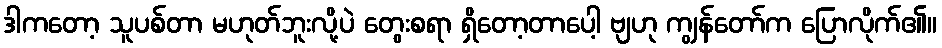
ဒါကတော့ သူပစ်တာ မဟုတ်ဘူးလို့ပဲ တွေးစရာ ရှိတော့တာပေါ့ ဗျဟု ကျွန်တော်က ပြောလိုက်၏။